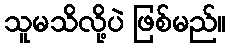
သူမသိလို့ပဲ ဖြစ်မည်။